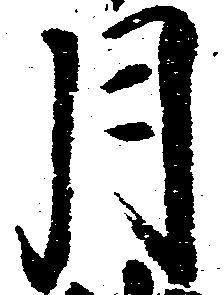
月